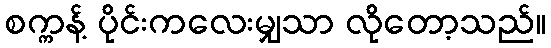
စက္ကန့် ပိုင်းကလေးမျှသာ လိုတော့သည်။